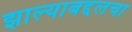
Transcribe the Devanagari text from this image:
झाल्याबद्दलचा